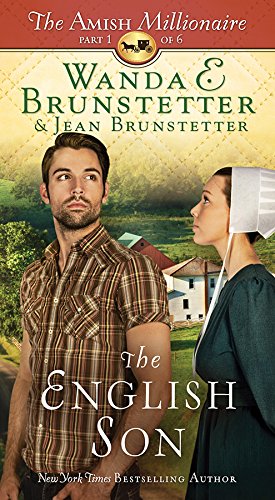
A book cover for The English Son: The Amish Millionaire Part 1; Wanda E. Brunstetter; Romance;